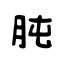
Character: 肫